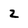
Character: 2